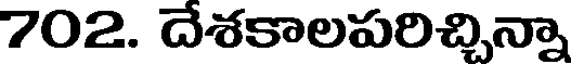
702. దేశకాలపరిచ్చిన్నా